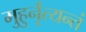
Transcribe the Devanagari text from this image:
मुहुर्नृत्यन्तं